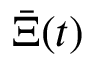
\bar { \Xi } ( t )